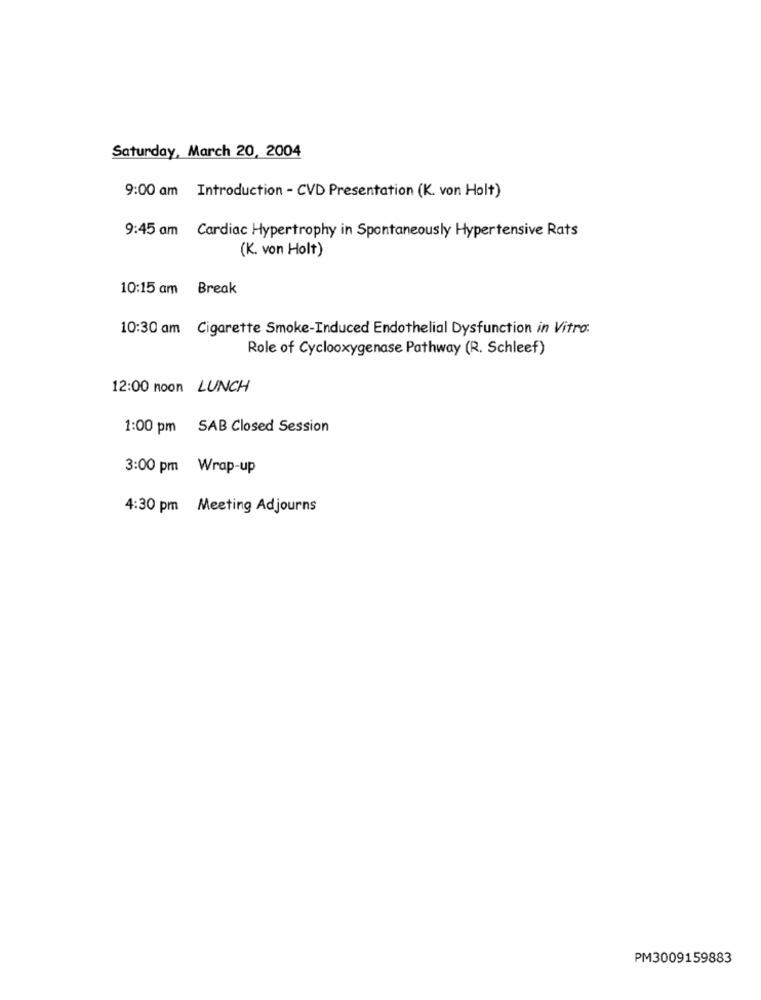
Saturday, March 20, 2004
9:00 am Introduction - CVD Presentation (K. von Holt)
9:45 am Cardiac Hypertrophy in Spontaneously Hypertensive Rats
(K. von Holt)
10:15 am Break
10:30 am Cigarette Smoke-Induced Endothelial Dysfunction in Vitro:
Role of Cyclooxygenase Pathway (R. Schleef)
12:00 noon LUNCH
1:00 pm SAB Closed Session
3:00 pm Wrap-up
4:30 pm Meeting Adjourns
PM3009159883